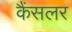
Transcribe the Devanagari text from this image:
कैंसलर